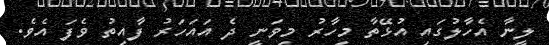
ލީނާ އެހާލުގައި އުޅޭތާ މިހާރު މިވަނީ ދެ އައަހަރު ފާއިތު ވެފަ އެވެ.